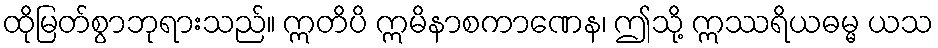
ထိုမြတ်စွာဘုရားသည်။ ဣတိပိ ဣမိနာစကာဏေန၊ ဤသို့ ဣဿရိယဓမ္မ ယသ